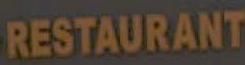
RESTAURANT